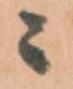
ニ